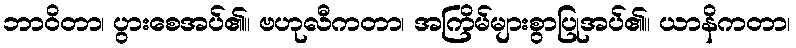
ဘာဝိတာ၊ ပွားစေအပ်၏။ ဗဟုလီကတာ၊ အကြိမ်များစွာပြုအပ်၏။ ယာနိကတာ၊